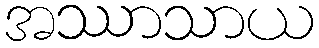
အဿာသာယ